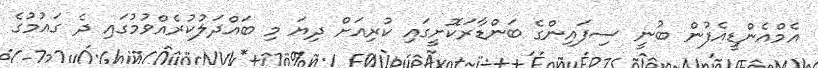
އެމްއެންޑީއެފުން ބުނީ ސިފައިންގެ ބަންޑާރަކޮށީގައި ކުރިއަށް ދިޔަ މި ބައްދަލުކުރެއްވުމުގައި ދެ ގައުމުގެ